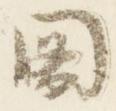
閣